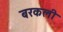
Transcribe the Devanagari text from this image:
बरकली